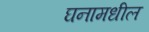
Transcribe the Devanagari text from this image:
घनामधील